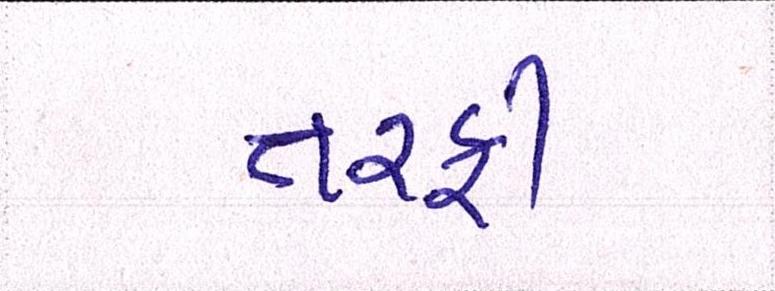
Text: તરફી